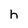
Character: h